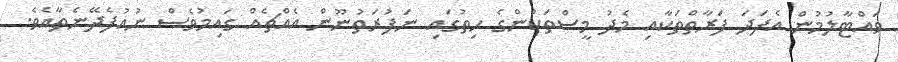
ވައްޓާލުމުން އެފަދަ ފަރާތްތަކާއި މެދު މީސްތަކުންގެ ހިތުގައި ނަފުރަތުނޫން އެއްޗެއް ގައިމުވެސް ނުއުފެދޭނެތާއެވެ.